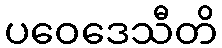
ပဝေဒေသီတိ